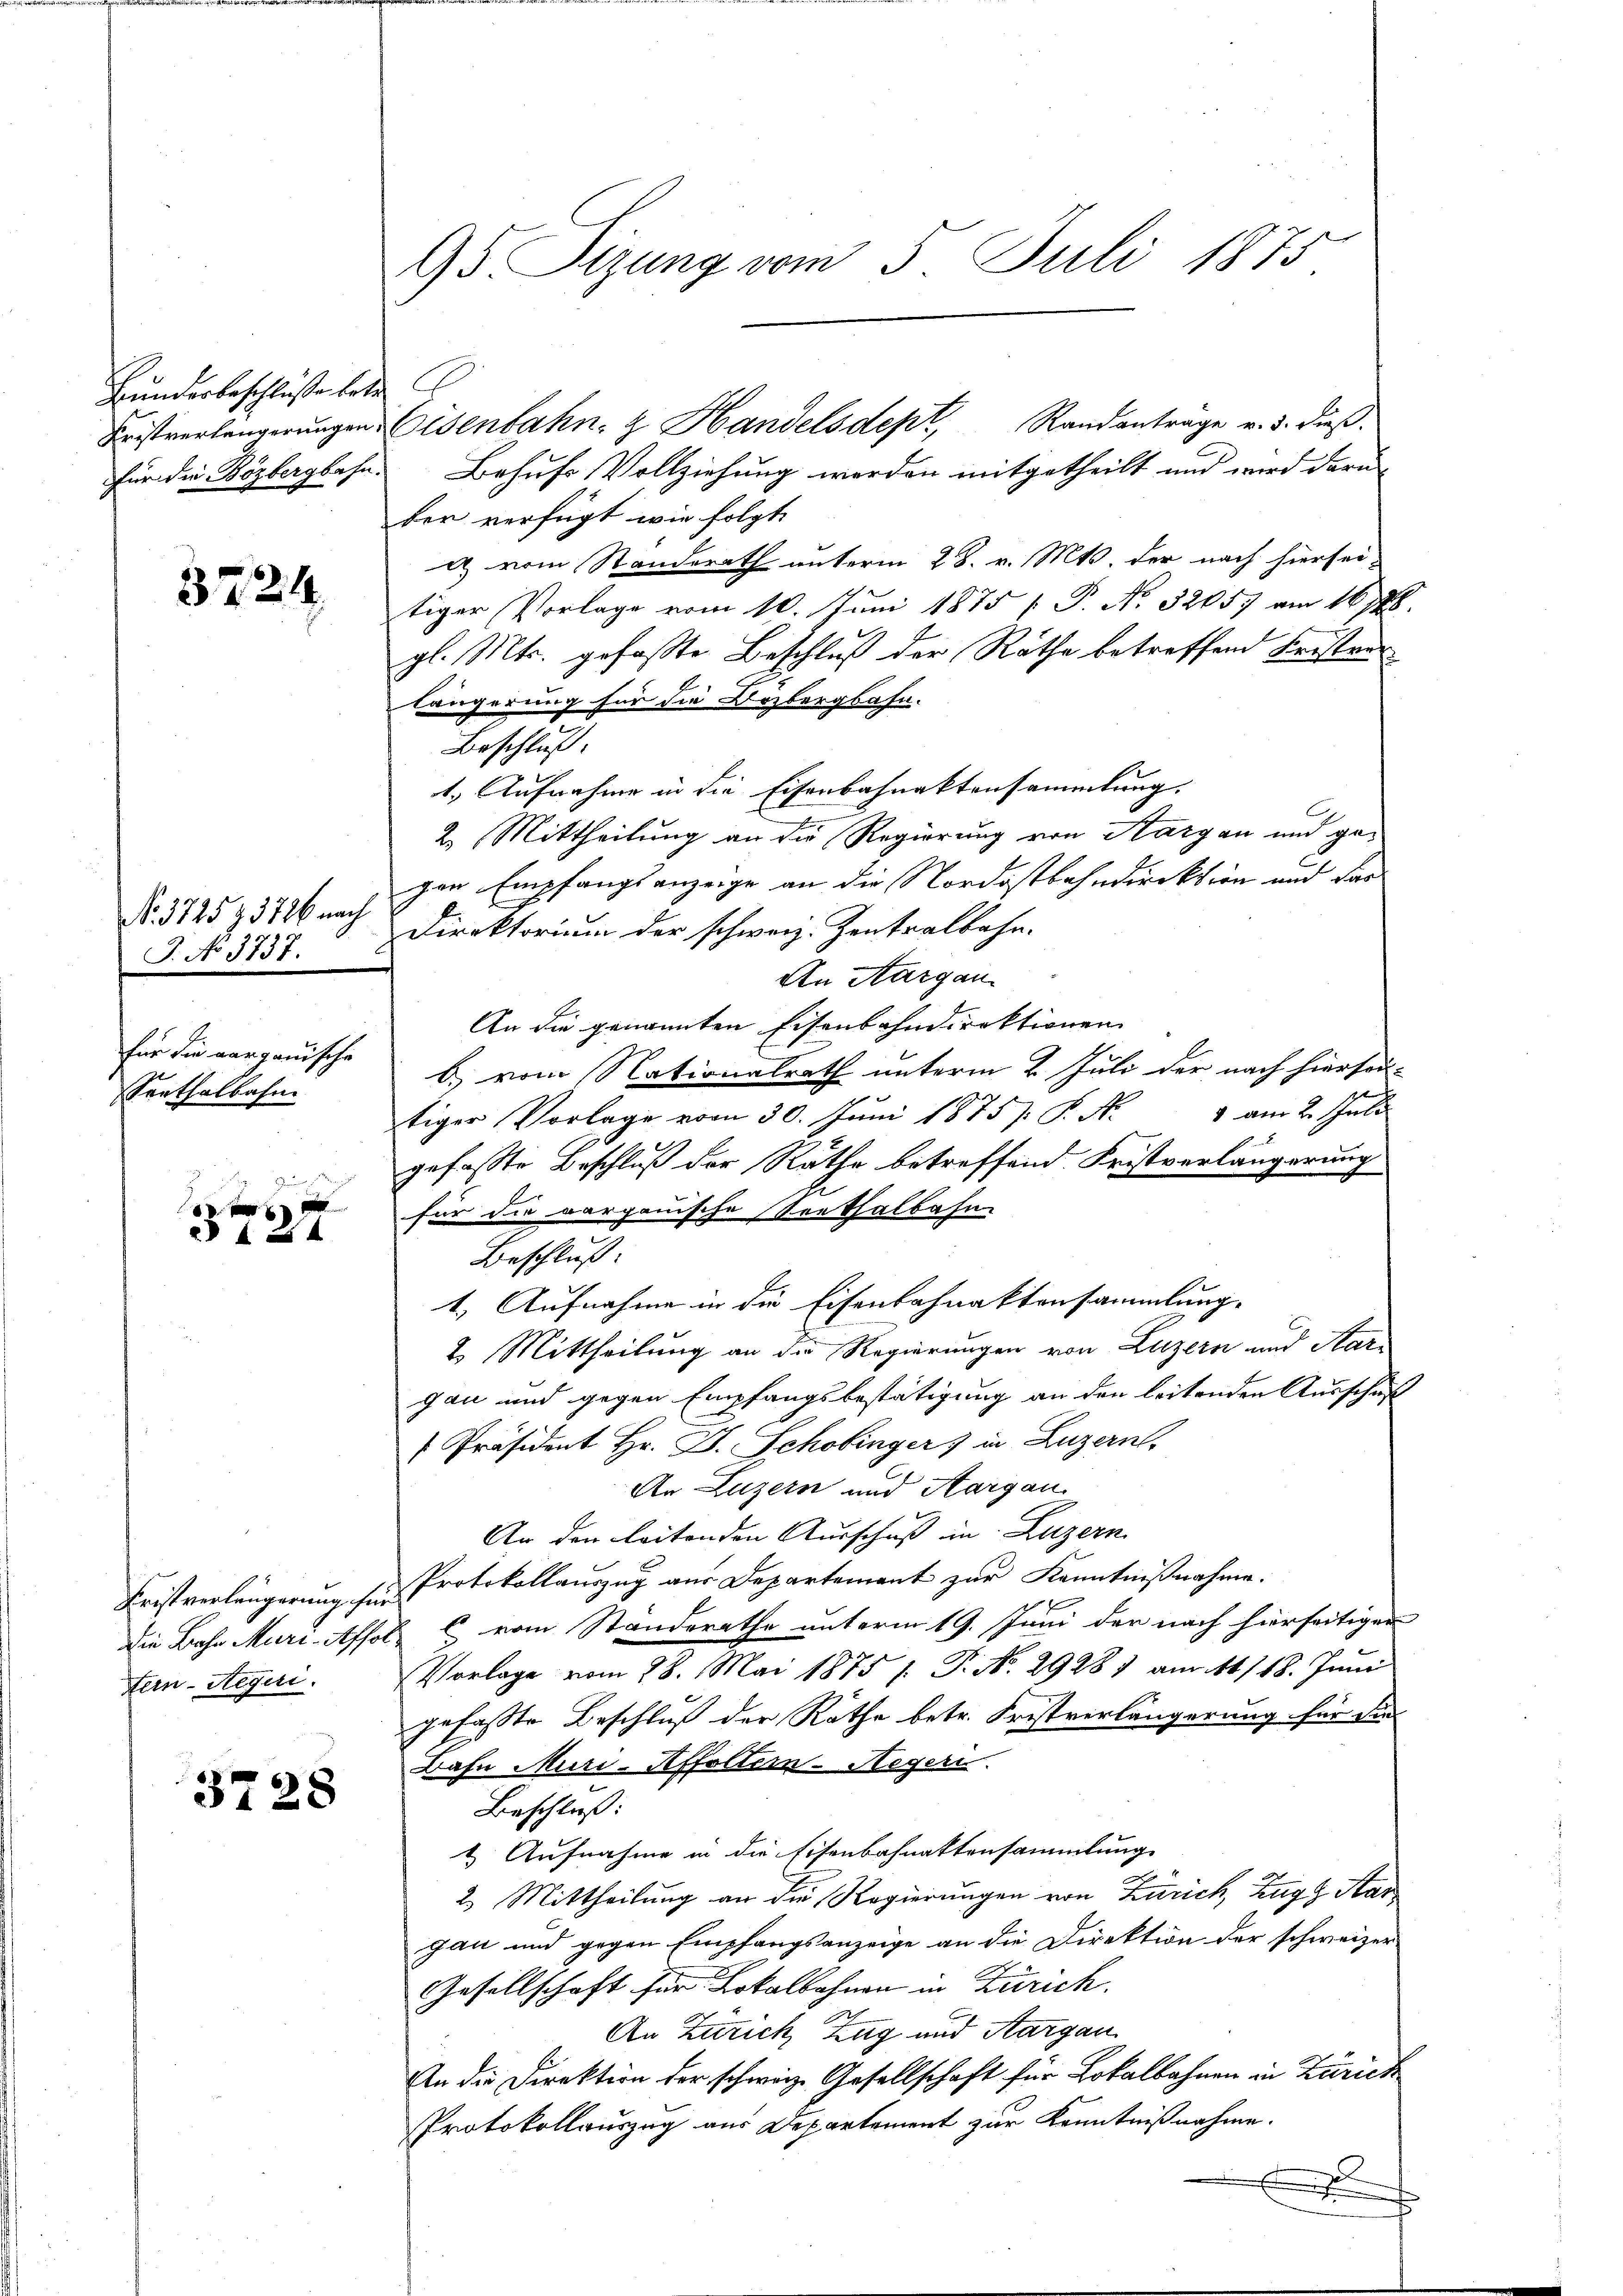
Bundesbeschlüsse betr
Fristverlängerungen
für die Bözbergbahn.

3724

No. 3725 & 3726 nach
J. No 3737.
für die aargauische
Serthalbahn

454

Fristverlängerung für
Die Bahn Muri-Affol
Fern-Stegeri.

3728

95 Sizung vom 5. Juli 1875

f
Behufs Vollziehung werden mitgetheilt und wird daru
ber verfügt wie folgt.
a) vom Standerath unterm 28. v. Mts. der nach hiersei-
tiger Vorlage vom 10. Juni 1875 P. No. 3205) am 16788.
gl. Mts. gefaßte Beschluß der Rathe betreffend Fristen
E
längerung für die Erzbergbahn.
Beschluß:
1.) Aufnahme in die Eisenbahnaktensammlung.
2. Mittheilung an die Regierung von Aargau und ge-
gen Empfangsanzeige an die Nordostbahndirektion und das
Direktorium der schweiz. Zentralbahn-
An Aargau
An die genannten Eisenbahndirektionen
b) vom Nationalrath unterm 2. Juli der nach hierson-
stiger Vorlage vom 30. Jŭni 1875. P. Nr. 4 am 2. Juli
gefasste Beschluß der Rathe betreffend Fristverlängerung
für die aargauische Seethalbahn
Beschluß:
1. Aufnahme in die Eisenbahnaktensammlung.
2. Mittheilung an die Regierungen von Luzern und Aar-
gau und gegen Empfangsbestätigung an den leitenden Ausschuf
[Präsident Hr. J. Schobinger) in Luzern,
An Luzern und Aargau
An der leitenden Ausschuß in Luzern
Protokollauszug aus Departement zur Kenntnißnahme:
C vom Standerathe unterm 19. Juni der nach hierseitigen
Vorlage vom 28. Mai 1875 /. P. Nr. 29281 am 11/18. Juni
gefasste Beschluß der Räthe betr. Fristverlängerung für die
Bahn Muri-Affoltern-Hegeri
Beschluß:
 Aufnahme in die Eisenbahnaktensammlung
2. Mittheilung an die Regierungen von Zürich, Zug, Aar
gau und gegen Empfangsanzeige an die Direktion der schweizer
Gesellschaft für Lokalbahnen in Zürich.
An Zürich, Zug und Aargau
An die Direktion der schweiz. Gesellschaft für Lokalbahnen in Zürich
Protokollauszug aus Departement zur Kenntnißnahme.

Eisenbahn- & Handelsdept, Randantrage v. 3. dieß¬